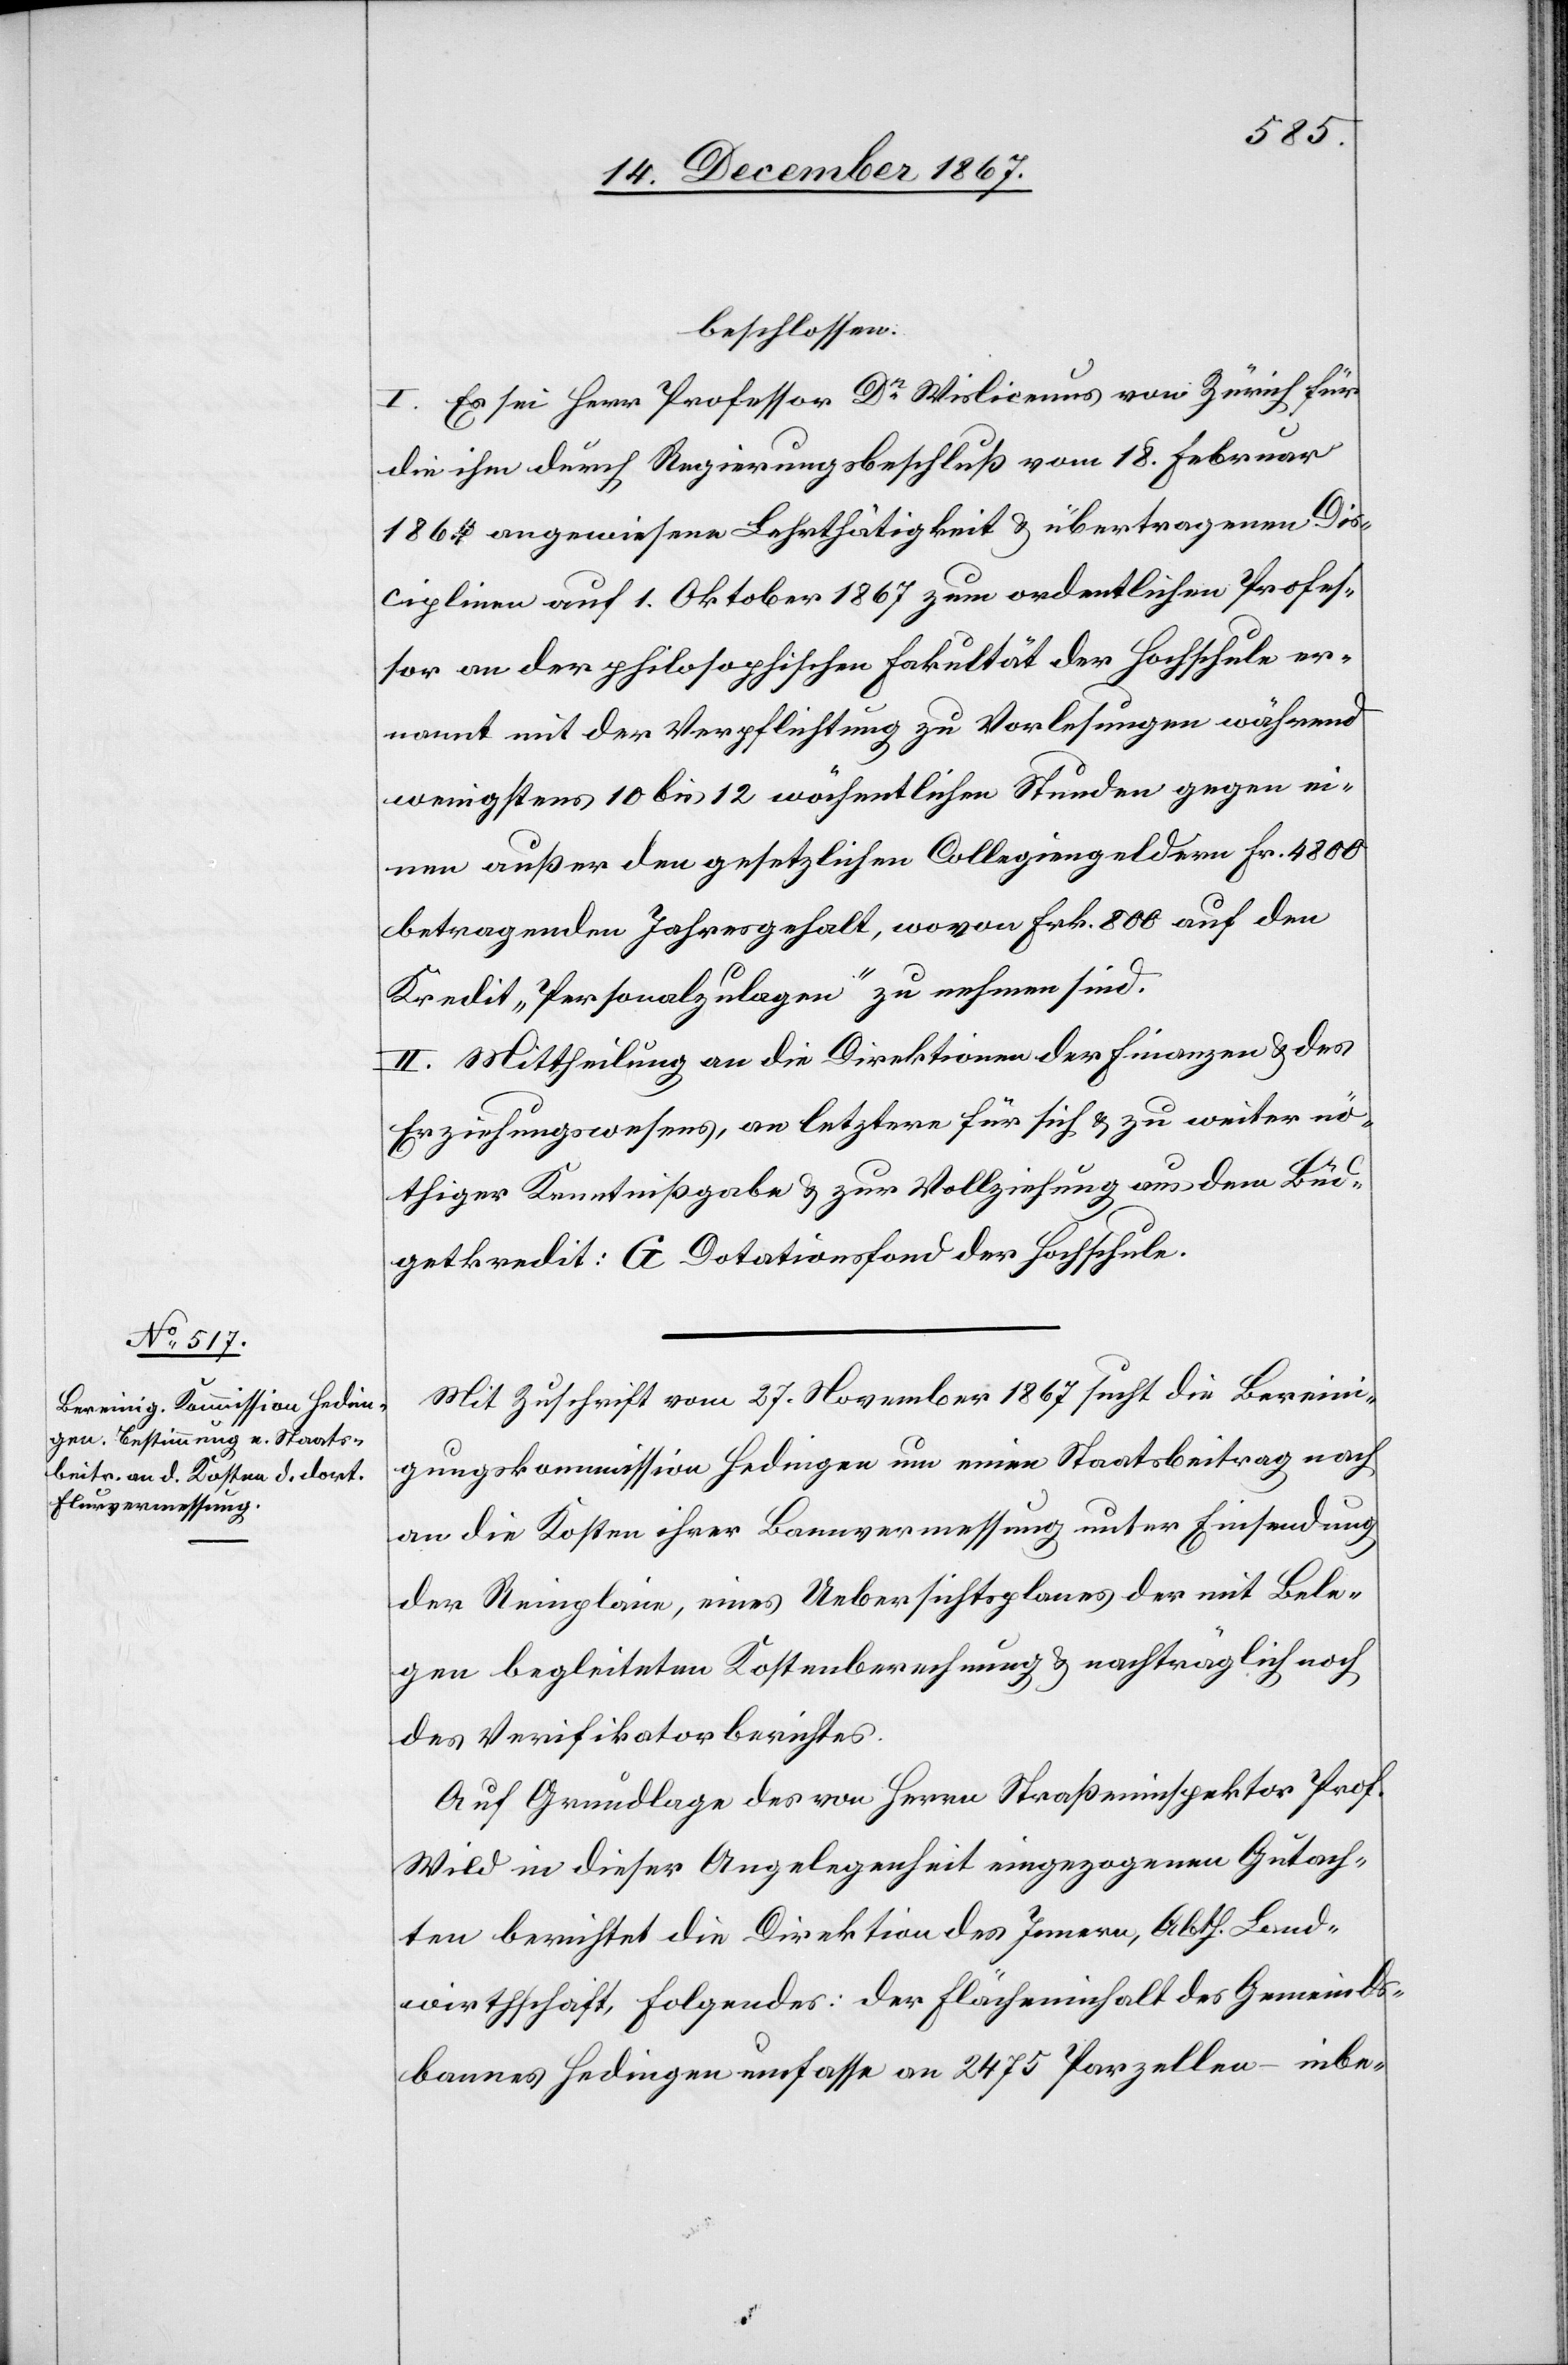
beschlossen:
I. Es sei Herr Professor Dr Wisicenus von Zürich für
die ihm durch Regierungsbeschluß vom 18. Februar
1864 angewiesene Lehrthätigkeit u. übertragenen Dis¬
ciplinen auf 1. Oktober 1867 zum ordentlichen Profes¬
sor an der philosophischen Fakultät der Hochschule er¬
nannt mit der Verpflichtung zu Vorlesungen während
wenigstens 10 bis 12 wöchentlichen Stunden gegen ei¬
nen außer den gesetzlichen Collegiengeldern Fr. 4800
betragenden Jahresgehalt, wovon Frk. 800 auf den
Kredit „Personenzulagen“ zu nehmen sind.
II. Mittheilung an die Direktionen der Finanzen u. des
Erziehungswesens, an letztere für sich u. zu weiter nö¬
thiger Kenntnißgabe u. zur Vollziehung aus dem Büd¬
getkredit: G Dotationsfond der Hochschule.
Mit Zuschrift vom 27. November 1867 sucht die Bereini¬
gungskommission Hedingen um einen Staatsbeitrag nach
an die Kosten ihrer Bannvermessung unter Einsendung
der Reinplaine, eines Uebersichtsplanes der mit Bele¬
gen begleiteten Kostenberechnung u. nachträglich noch
des Verifikatorberichtes.
Auf Grundlage des von Herrn Straßeninspektor Prof.
Wild in dieser Angelegenheit eingegangenen Gutach¬
tens berichtet die Direktion des Innern, Abth. Land¬
wirthschaft Folgendes: der Flächeninhalt des Gemeinds¬
bannes Hedingen umfasse an 2475 Parzellen – inbe-